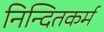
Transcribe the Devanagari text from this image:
निन्दितकर्म